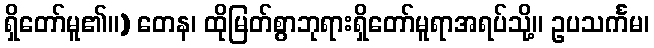
ရှိတော်မူ၏။) တေန၊ ထိုမြတ်စွာဘုရားရှိတော်မူရာအရပ်သို့။ ဥပသင်္ကမ၊